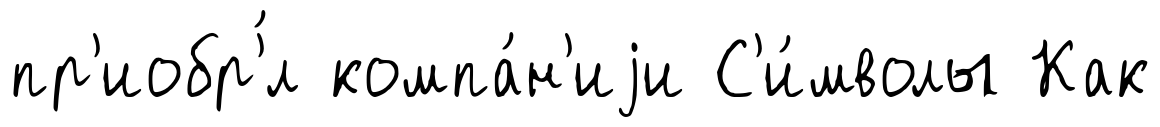
пр'иобр'́л компа́н'иjи С'и́мволы Как